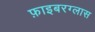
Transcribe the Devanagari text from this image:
फ़ाइबरग्लास